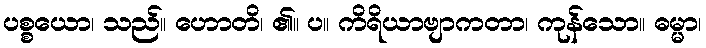
ပစ္စယော၊ သည်။ ဟောတိ၊ ၏။ ပ။ ကိရိယာဗျာကတာ၊ ကုန်သော။ ဓမ္မာ၊